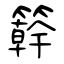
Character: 簳